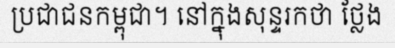
ប្រជាជនកម្ពុជា។ នៅក្នុងសុន្ទរកថា ថ្លែង